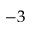
- 3